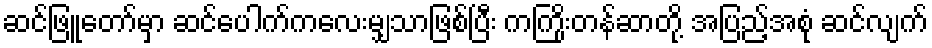
ဆင်ဖြူတော်မှာ ဆင်ပေါက်ကလေးမျှသာဖြစ်ပြီး ကကြိုးတန်ဆာတို့ အပြည့်အစုံ ဆင်လျက်